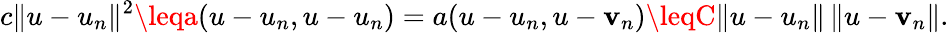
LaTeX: c\| u-u_{n}\| ^{2}\leqa(u-u_{n},u-u_{n})=a(u-u_{n},u-\mathbf{v}_{n})\leqC\| u-u_{n}\| \, \| u-\mathbf{v}_{n}\| .